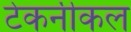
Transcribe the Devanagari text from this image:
टेकनीकल